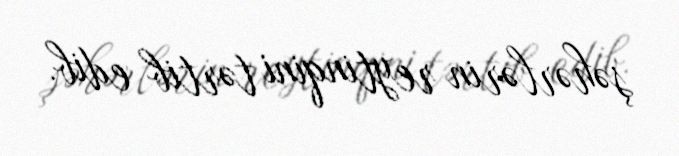
şəhərlərin reytinqini tərtib edib.